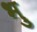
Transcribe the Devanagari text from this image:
भु